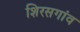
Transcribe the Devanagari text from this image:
शिरसगांव